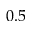
0 . 5